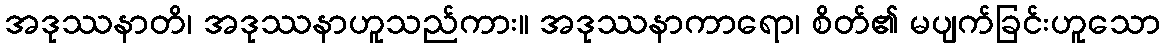
အဒုဿနာတိ၊ အဒုဿနာဟူသည်ကား။ အဒုဿနာကာရော၊ စိတ်၏ မပျက်ခြင်းဟူသော